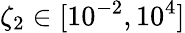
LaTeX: \zeta_{2}\in[10^{-2},10^{4}]